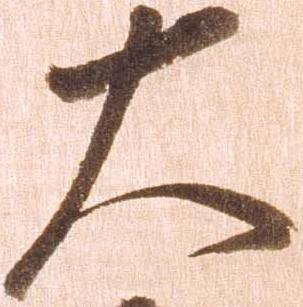
大